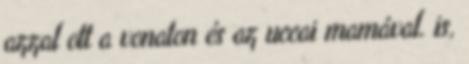
azzal ott a vonaton és az uccai mamával. is,